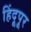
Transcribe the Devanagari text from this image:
हिंदूपूर